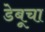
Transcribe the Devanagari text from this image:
डेबूचा